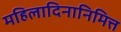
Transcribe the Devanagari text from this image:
महिलादिनानिमित्त